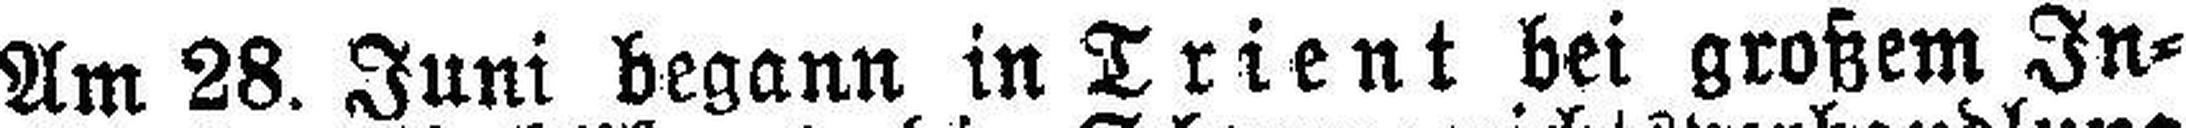
Am 28. Juni begann in Trient bei großem In¬